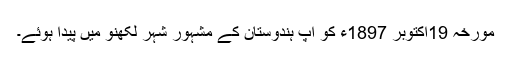
مورخہ 19اکتوبر 1897ء کو آپ ہندوستان کے مشہور شہر لکھنو میں پیدا ہوئے۔